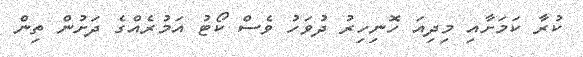
ކުރާ ކަމަށާއި މިދިއަ ހޮނިހިރު ދުވަހު ވެސް ކޯޓު އަމުރެއްގެ ދަށުން ތިން